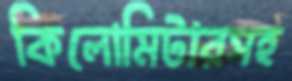
কিলোমিটারসহ